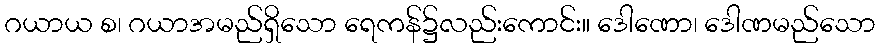
ဂယာယ စ၊ ဂယာအမည်ရှိသော ရေကန်၌လည်းကောင်း။ ဒေါဏော၊ ဒေါဏမည်သော